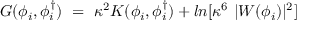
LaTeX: G ( \phi _ { i } , \phi _ { i } ^ { \dag } ) \ = \ \kappa ^ { 2 } K ( \phi _ { i } , \phi _ { i } ^ { \dag } ) + l n [ \kappa ^ { 6 } \ | W ( \phi _ { i } ) | ^ { 2 } ]